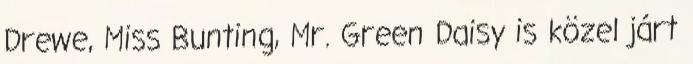
Drewe, Miss Bunting, Mr. Green Daisy is közel járt